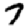
Digit: 7